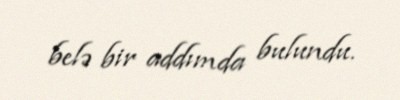
belə bir addımda bulundu.